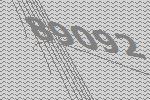
89092